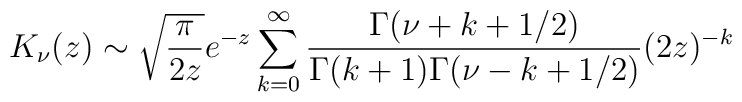
K_\nu(z)\sim\sqrt{\frac{\pi}{2z}}e^{-z}\sum_{k=0}^{\infty}\frac{\Gamma(\nu+k+1/2)}{\Gamma(k+1)\Gamma(\nu-k+1/2)}(2z)^{-k} \nonumber